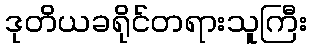
ဒုတိယခရိုင်တရားသူကြီး